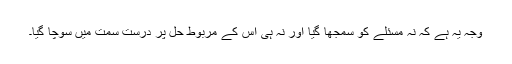
وجہ یہ ہے کہ نہ مسئلے کو سمجھا گیا اور نہ ہی اس کے مربوط حل پر درست سمت میں سوچا گیا۔